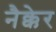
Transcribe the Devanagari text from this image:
नैक्केर